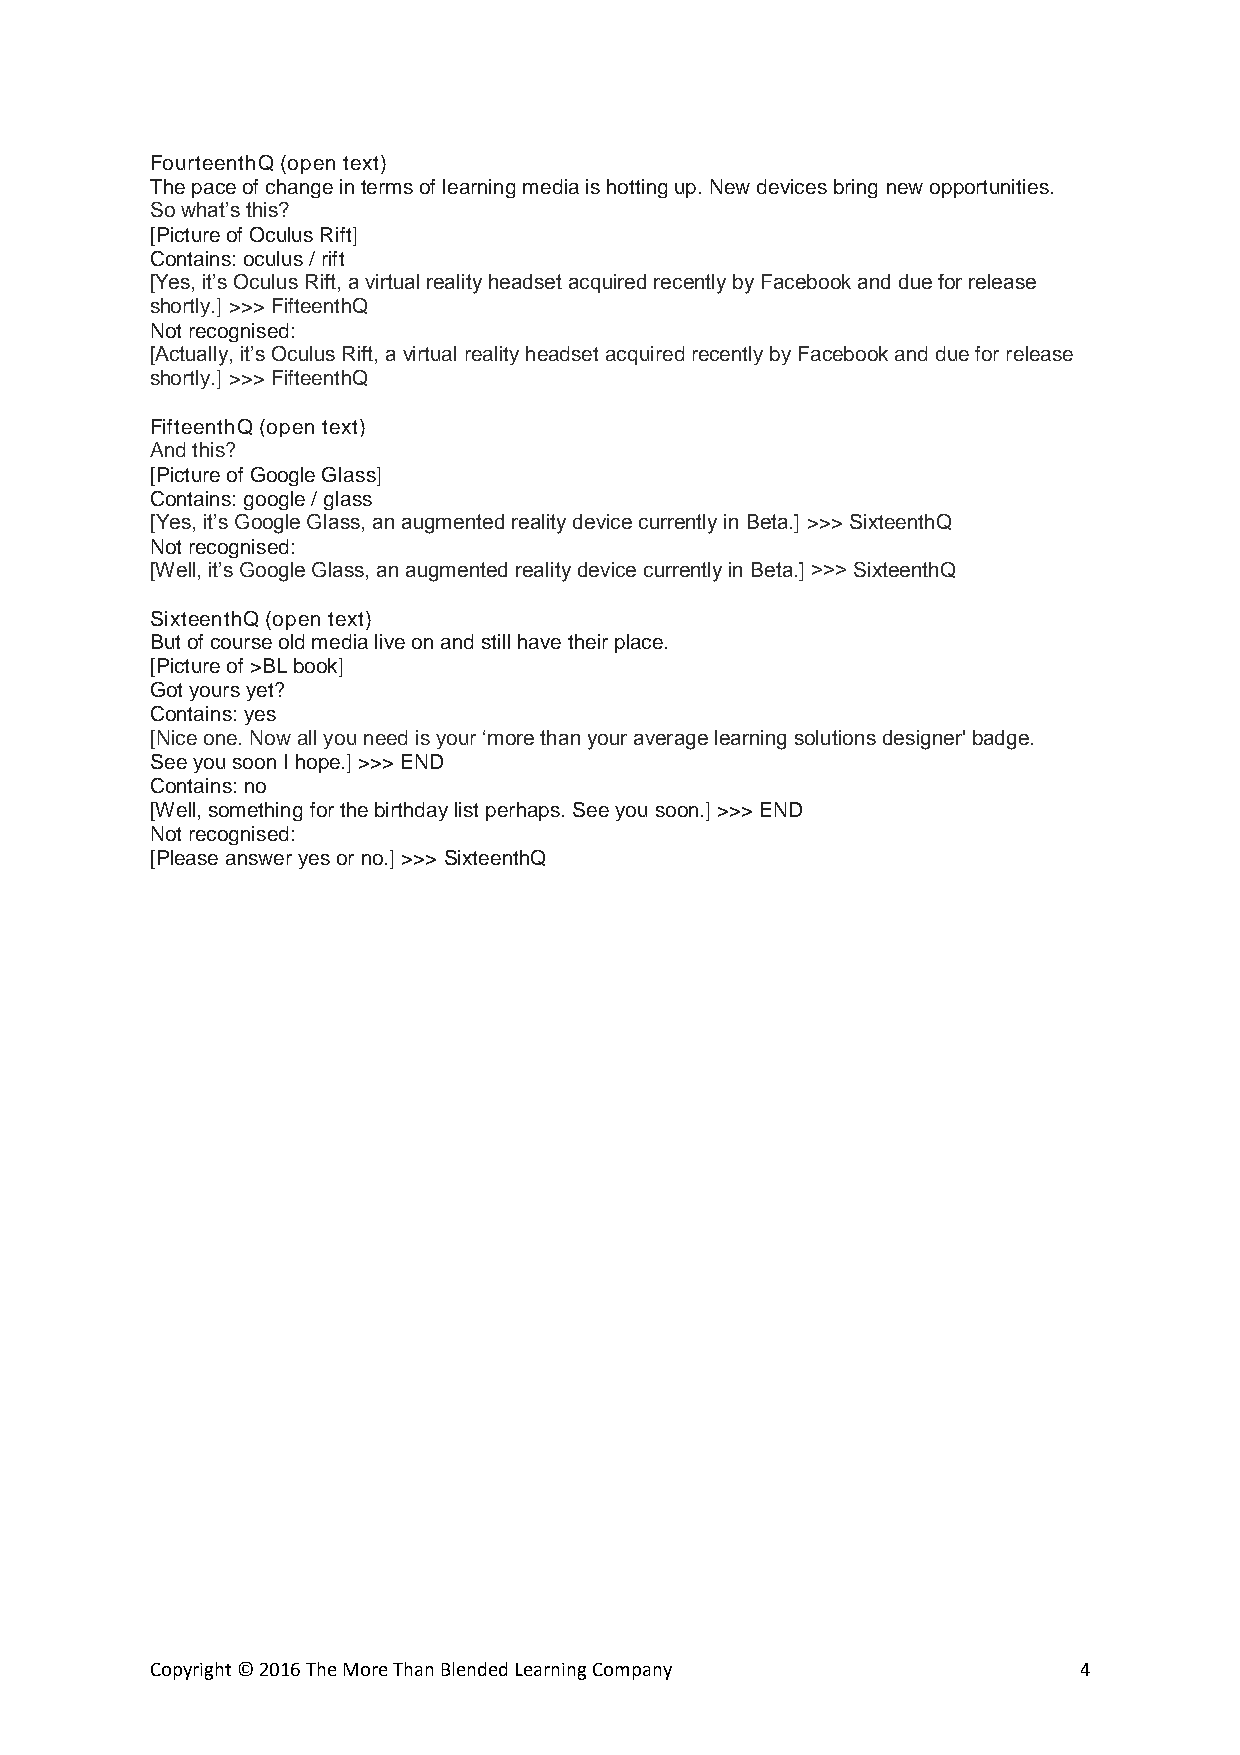
FourteenthQ (open text)
 The pace of change in terms of learning media is hotting up. New devices bring new opportunities.
 So what’s this?
 [Picture of Oculus Rift]
 Contains: oculus / rift
 [Yes, it’s Oculus Rift, a virtual reality headset acquired recently by Facebook and due for release
 shortly.] >>> FifteenthQ
 Not recognised:
 [Actually, it’s Oculus Rift, a virtual reality headset acquired recently by Facebook and due for release
 shortly.] >>> FifteenthQ
 FifteenthQ (open text)
 And this?
 [Picture of Google Glass]
 Contains: google / glass
 [Yes, it’s Google Glass, an augmented reality device currently in Beta.] >>> SixteenthQ
 Not recognised:
 [Well, it’s Google Glass, an augmented reality device currently in Beta.] >>> SixteenthQ
 SixteenthQ (open text)
 But of course old media live on and still have their place.
 [Picture of >BL book]
 Got yours yet?
 Contains: yes
 [Nice one. Now all you need is your ‘more than your average learning solutions designer' badge.
 See you soon I hope.] >>> END
 Contains: no
 [Well, something for the birthday list perhaps. See you soon.] >>> END
 Not recognised:
 [Please answer yes or no.] >>> SixteenthQ
 Copyright © 2016 The More Than Blended Learning Company      4